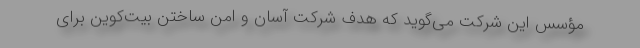
مؤسس این شرکت می‌گوید که هدف شرکت آسان و امن ساختن بیت‌کوین برای